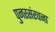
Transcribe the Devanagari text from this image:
पुनरसंरचना